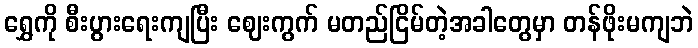
ရွှေကို စီးပွားရေးကျပြီး ဈေးကွက် မတည်ငြိမ်တဲ့အခါတွေမှာ တန်ဖိုးမကျဘဲ